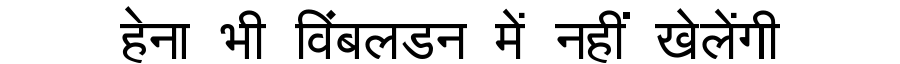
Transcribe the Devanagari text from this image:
हेना भी विंबलडन में नहीं खेलेंगी